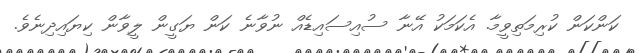
ކަންކަން ކުރިމަތިވީމާ. އެކަމަކު އޭނާ ސުއިސައިޑެއް ނުވާނެ ކަން ޔަގީން ލީވާން ކިޔައިދިނެވެ.